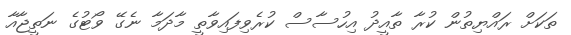
ތަކަށް ރައްޔިތުން ކުރާ ތާއީދު އިހުސާސް ކުރެވިފައިވާތީ މާދަމާ ނެގޭ ވޯޓުގެ ނަތީޖާއާ